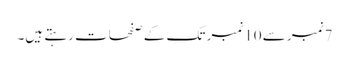
7نمبر سے 10نمبر تک کے صفحات رہتے ہیں۔